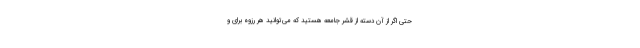
حتی اگر از آن دسته از قشر جامعه هستید که می‌توانید هر رزوه برای و